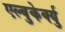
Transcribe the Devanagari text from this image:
एल्बुकेर्क्यु